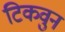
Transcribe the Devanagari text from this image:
टिकवुन